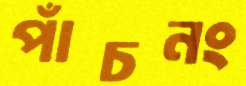
পাঁচনং